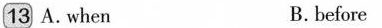
13 A. when B. before